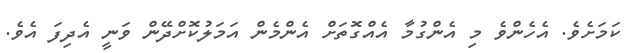
ކަމަށެވެ. އެހެންވެ މި އެންގުމާ އެއްގޮތަށް އެންމެން އަމަލުކޮށްދޭން ވަނީ އެދިފަ އެވެ.